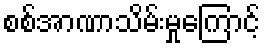
စစ်အာဏာသိမ်းမှုကြောင့်